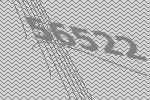
56522